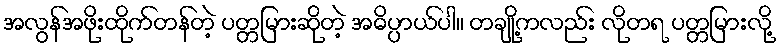
အလွန်အဖိုးထိုက်တန်တဲ့ ပတ္တမြားဆိုတဲ့ အဓိပ္ပာယ်ပါ။ တချို့ကလည်း လိုတရ ပတ္တမြားလို့